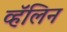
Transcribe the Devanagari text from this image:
व्हॅलिन